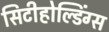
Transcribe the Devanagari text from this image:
सिटीहोल्डिंग्स